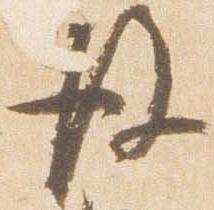
後